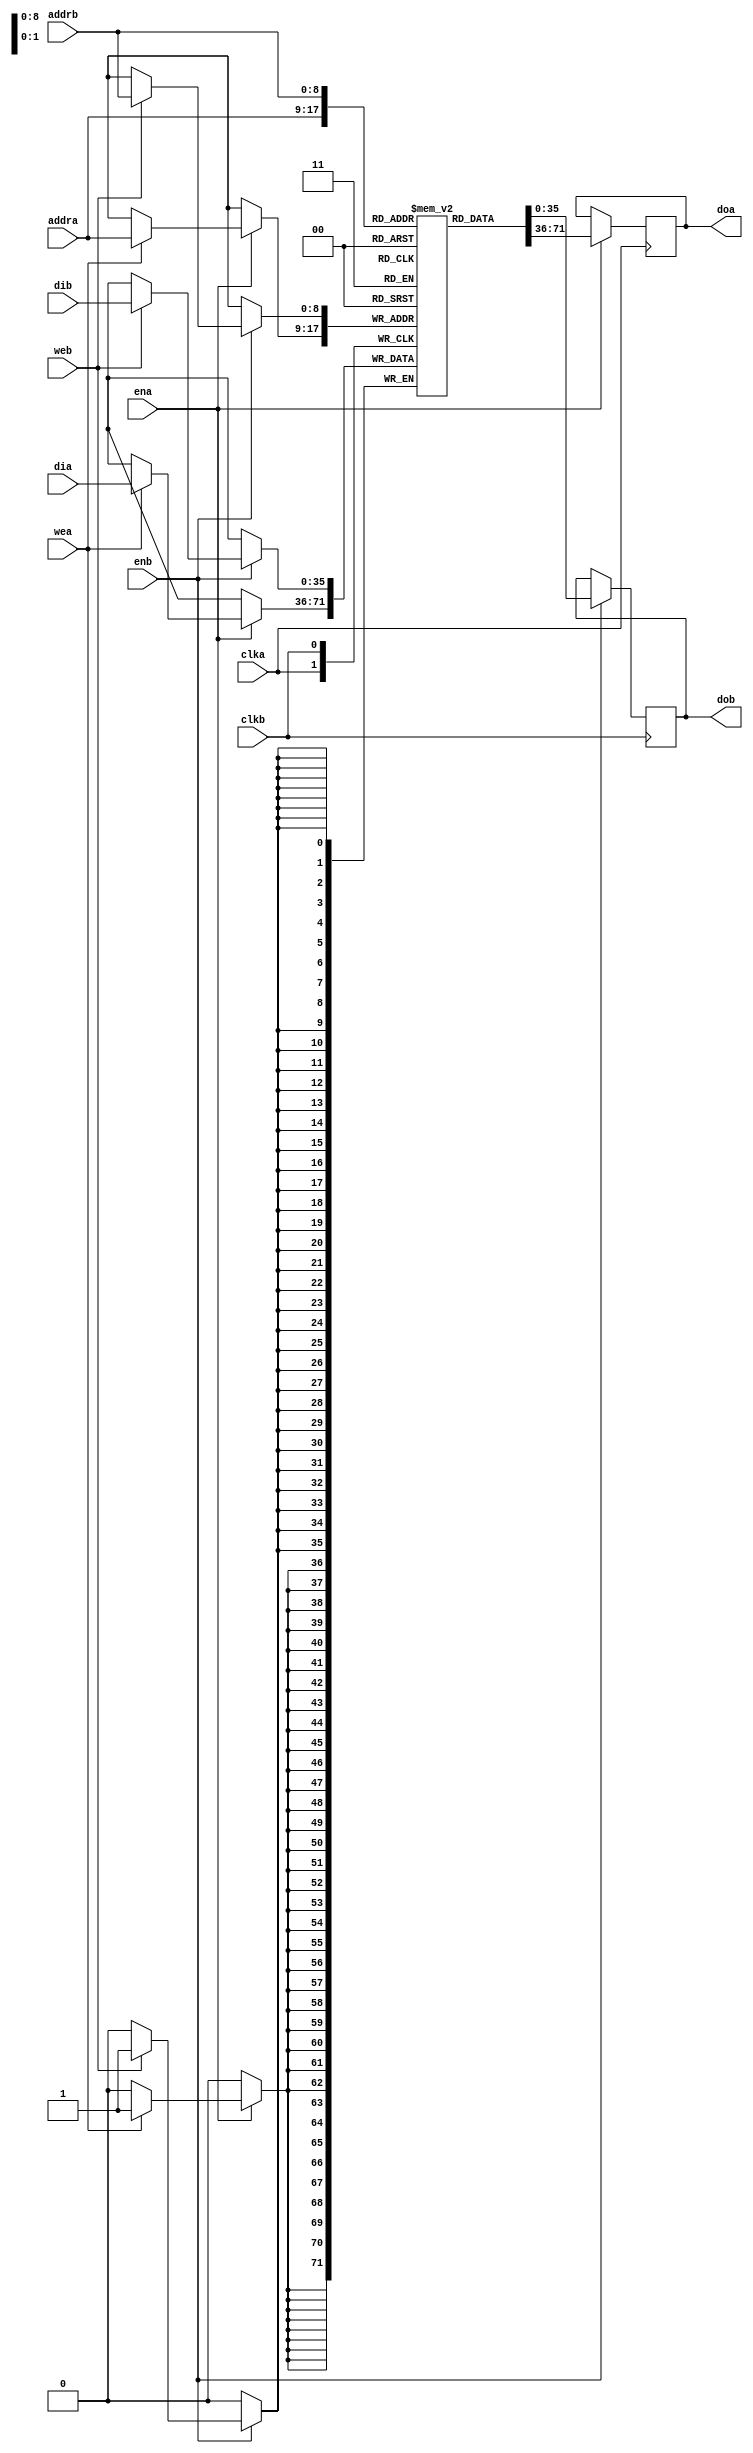
/**
 *
 * Copyright (c) 2006-2008 The University of Texas All Rights Reserved.
 * 
 * This program is free software; you can redistribute it and/or modify
 * it under the terms of the GNU General Public License as published by
 * the Free Software Foundation; either version 2 of the License, or
 * (at your option) any later version.
 * 
 * This program is distributed in the hope that it will be useful, but
 * WITHOUT ANY WARRANTY; without even the implied warranty of MERCHANTABILITY
 * or FITNESS FOR A PARTICULAR PURPOSE.  See the GNU General Public License
 * for more details.
 * 
 * The GNU Public License is available in the file LICENSE, or you can
 * write to the Free Software Foundation, Inc., 59 Temple Place - Suite 330,
 * Boston, MA 02111-1307, USA, or you can find it on the World Wide Web at
 * http://www.fsf.org.
 * 
 * 
 * The authors are with the Department of Electrical and Computer Engineering,
 * The University of Texas at Austin, Austin, TX 78712 USA.
 * 
 * They can be reached at: dejohnso@ece.utexas.edu
 * 
 * More information about related work can be found at
 * http://users.ece.utexas.edu/~derek/FAST.html
 * 
 **/

module dual_ported_bram (clka, clkb, ena, enb, wea, web, addra, addrb, dia, dib, doa, dob);

   parameter DATA_WIDTH = 36;
   parameter ADDR_WIDTH = 9;
   parameter DEPTH = 1 << ADDR_WIDTH;
   
   input clka, clkb, ena, enb, wea, web;
   input [ADDR_WIDTH-1:0] addra, addrb;
   input [DATA_WIDTH-1:0] 	  dia, dib;
   output [DATA_WIDTH-1:0] 	  doa, dob;
   reg [DATA_WIDTH-1:0] 	  ram [DEPTH-1:0] /* synthesis syn_ramstyle="no_rw_check" */;
   reg [DATA_WIDTH-1:0] 	  doa, dob;
   
   always @(posedge clka) begin
      if (ena) begin
	 if (wea)
	   ram[addra] <= dia;
	 doa <= ram[addra];
      end
   end

   always @(posedge clkb) begin
      if (enb) begin
	 if (web)
	   ram[addrb] <= dib;
	 dob <= ram[addrb];
      end
   end

endmodule

module BRAM (CLK, RST_N, RD_ADDRA, RD_ADDRB, REA, REB, WR_ADDRA, WR_ADDRB, WEA, WEB, DIA, DIB, DOA, DOB, INIT);

   parameter DATA_WIDTH = 36;
   parameter ADDR_WIDTH = 9;
   parameter DEPTH = 1 << ADDR_WIDTH;

   input     CLK, RST_N;
   input     REA, REB;
   input     WEA, WEB;
   input [ADDR_WIDTH-1:0] RD_ADDRA, RD_ADDRB;
   input [ADDR_WIDTH-1:0] WR_ADDRA, WR_ADDRB;
   input [DATA_WIDTH-1:0] DIA, DIB;
   output [DATA_WIDTH-1:0] DOA, DOB;
   output                  INIT;

   wire 		  CLK, RST_N;
   wire 		  REA, REB;
   wire 		  WEA, WEB;
   wire [ADDR_WIDTH-1:0]  RD_ADDRA, RD_ADDRB;
   wire [ADDR_WIDTH-1:0]  WR_ADDRA, WR_ADDRB;
   wire [DATA_WIDTH-1:0]  DIA, DIB;
   wire [DATA_WIDTH-1:0]  DOA, DOB;
   wire                   INIT;

   wire 		  ENA, ENB;
   wire [ADDR_WIDTH-1:0]  ADDRA, ADDRB;

   assign 		  ENA = REA || WEA;
   assign 		  ENB = REB || WEB;

   assign                 INIT = 1;

   assign 		  ADDRA = (WEA) ? WR_ADDRA : RD_ADDRA;
   assign 		  ADDRB = (WEB) ? WR_ADDRB : RD_ADDRB;
   
   dual_ported_bram #(.DATA_WIDTH(DATA_WIDTH),
		      .ADDR_WIDTH(ADDR_WIDTH),
		      .DEPTH(DEPTH)) ram(CLK, CLK, ENA, ENB, WEA, WEB, ADDRA, ADDRB, DIA, DIB, DOA, DOB);
   
endmodule